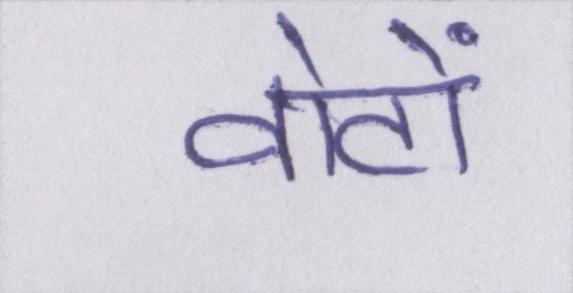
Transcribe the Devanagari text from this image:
वोटों